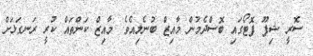
ސޮރީ ޝިފޫ ފޮޓޯގައި ބޮސްދެމުން މާއިޒް ބުނެލިއެވެ. މާއިޒް ކަންތައް ކުރީ ރަނގަޅަށް